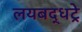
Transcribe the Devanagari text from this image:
लयबद्धट्रे